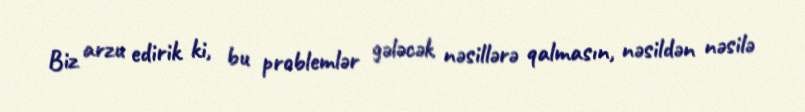
Biz arzu edirik ki, bu problemlər gələcək nəsillərə qalmasın, nəsildən nəsilə